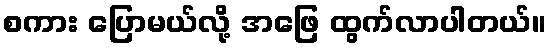
စကား ပြောမယ်လို့ အဖြေ ထွက်လာပါတယ်။